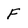
Character: F